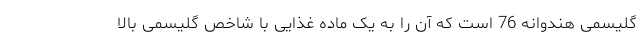
گلیسمی هندوانه 76 است که آن را به یک ماده غذایی با شاخص گلیسمی بالا